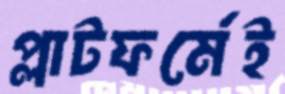
প্লাটফর্মেই